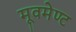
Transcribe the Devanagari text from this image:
मूवमेण्ट